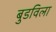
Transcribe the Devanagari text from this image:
बुडविला